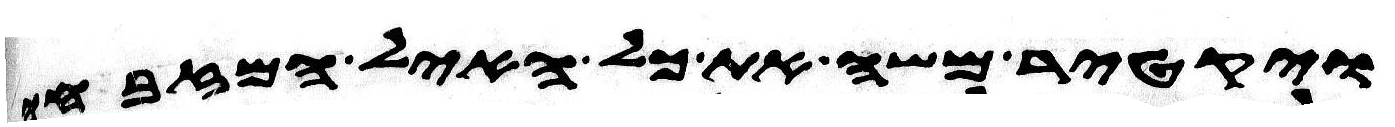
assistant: ויקטר משה את כל האיל המזבחה